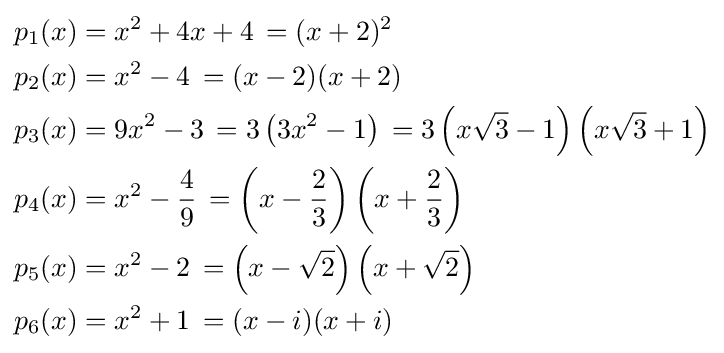
{\begin{aligned}p_{1}(x)&=x^{2}+4x+4\,={(x+2)^{2}}\\p_{2}(x)&=x^{2}-4\,={(x-2)(x+2)}\\p_{3}(x)&=9x^{2}-3\,=3\left(3x^{2}-1\right)\,=3\left(x{\sqrt {3}}-1\right)\left(x{\sqrt {3}}+1\right)\\p_{4}(x)&=x^{2}-{\frac {4}{9}}\,=\left(x-{\frac {2}{3}}\right)\left(x+{\frac {2}{3}}\right)\\p_{5}(x)&=x^{2}-2\,=\left(x-{\sqrt {2}}\right)\left(x+{\sqrt {2}}\right)\\p_{6}(x)&=x^{2}+1\,={(x-i)(x+i)}\end{aligned}}